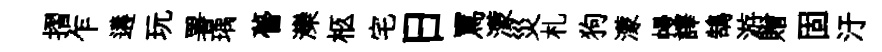
摺乍遘玩署瑀瞢灤柩宅日罵濛災札狗濛幔譯鵠游贈固汙